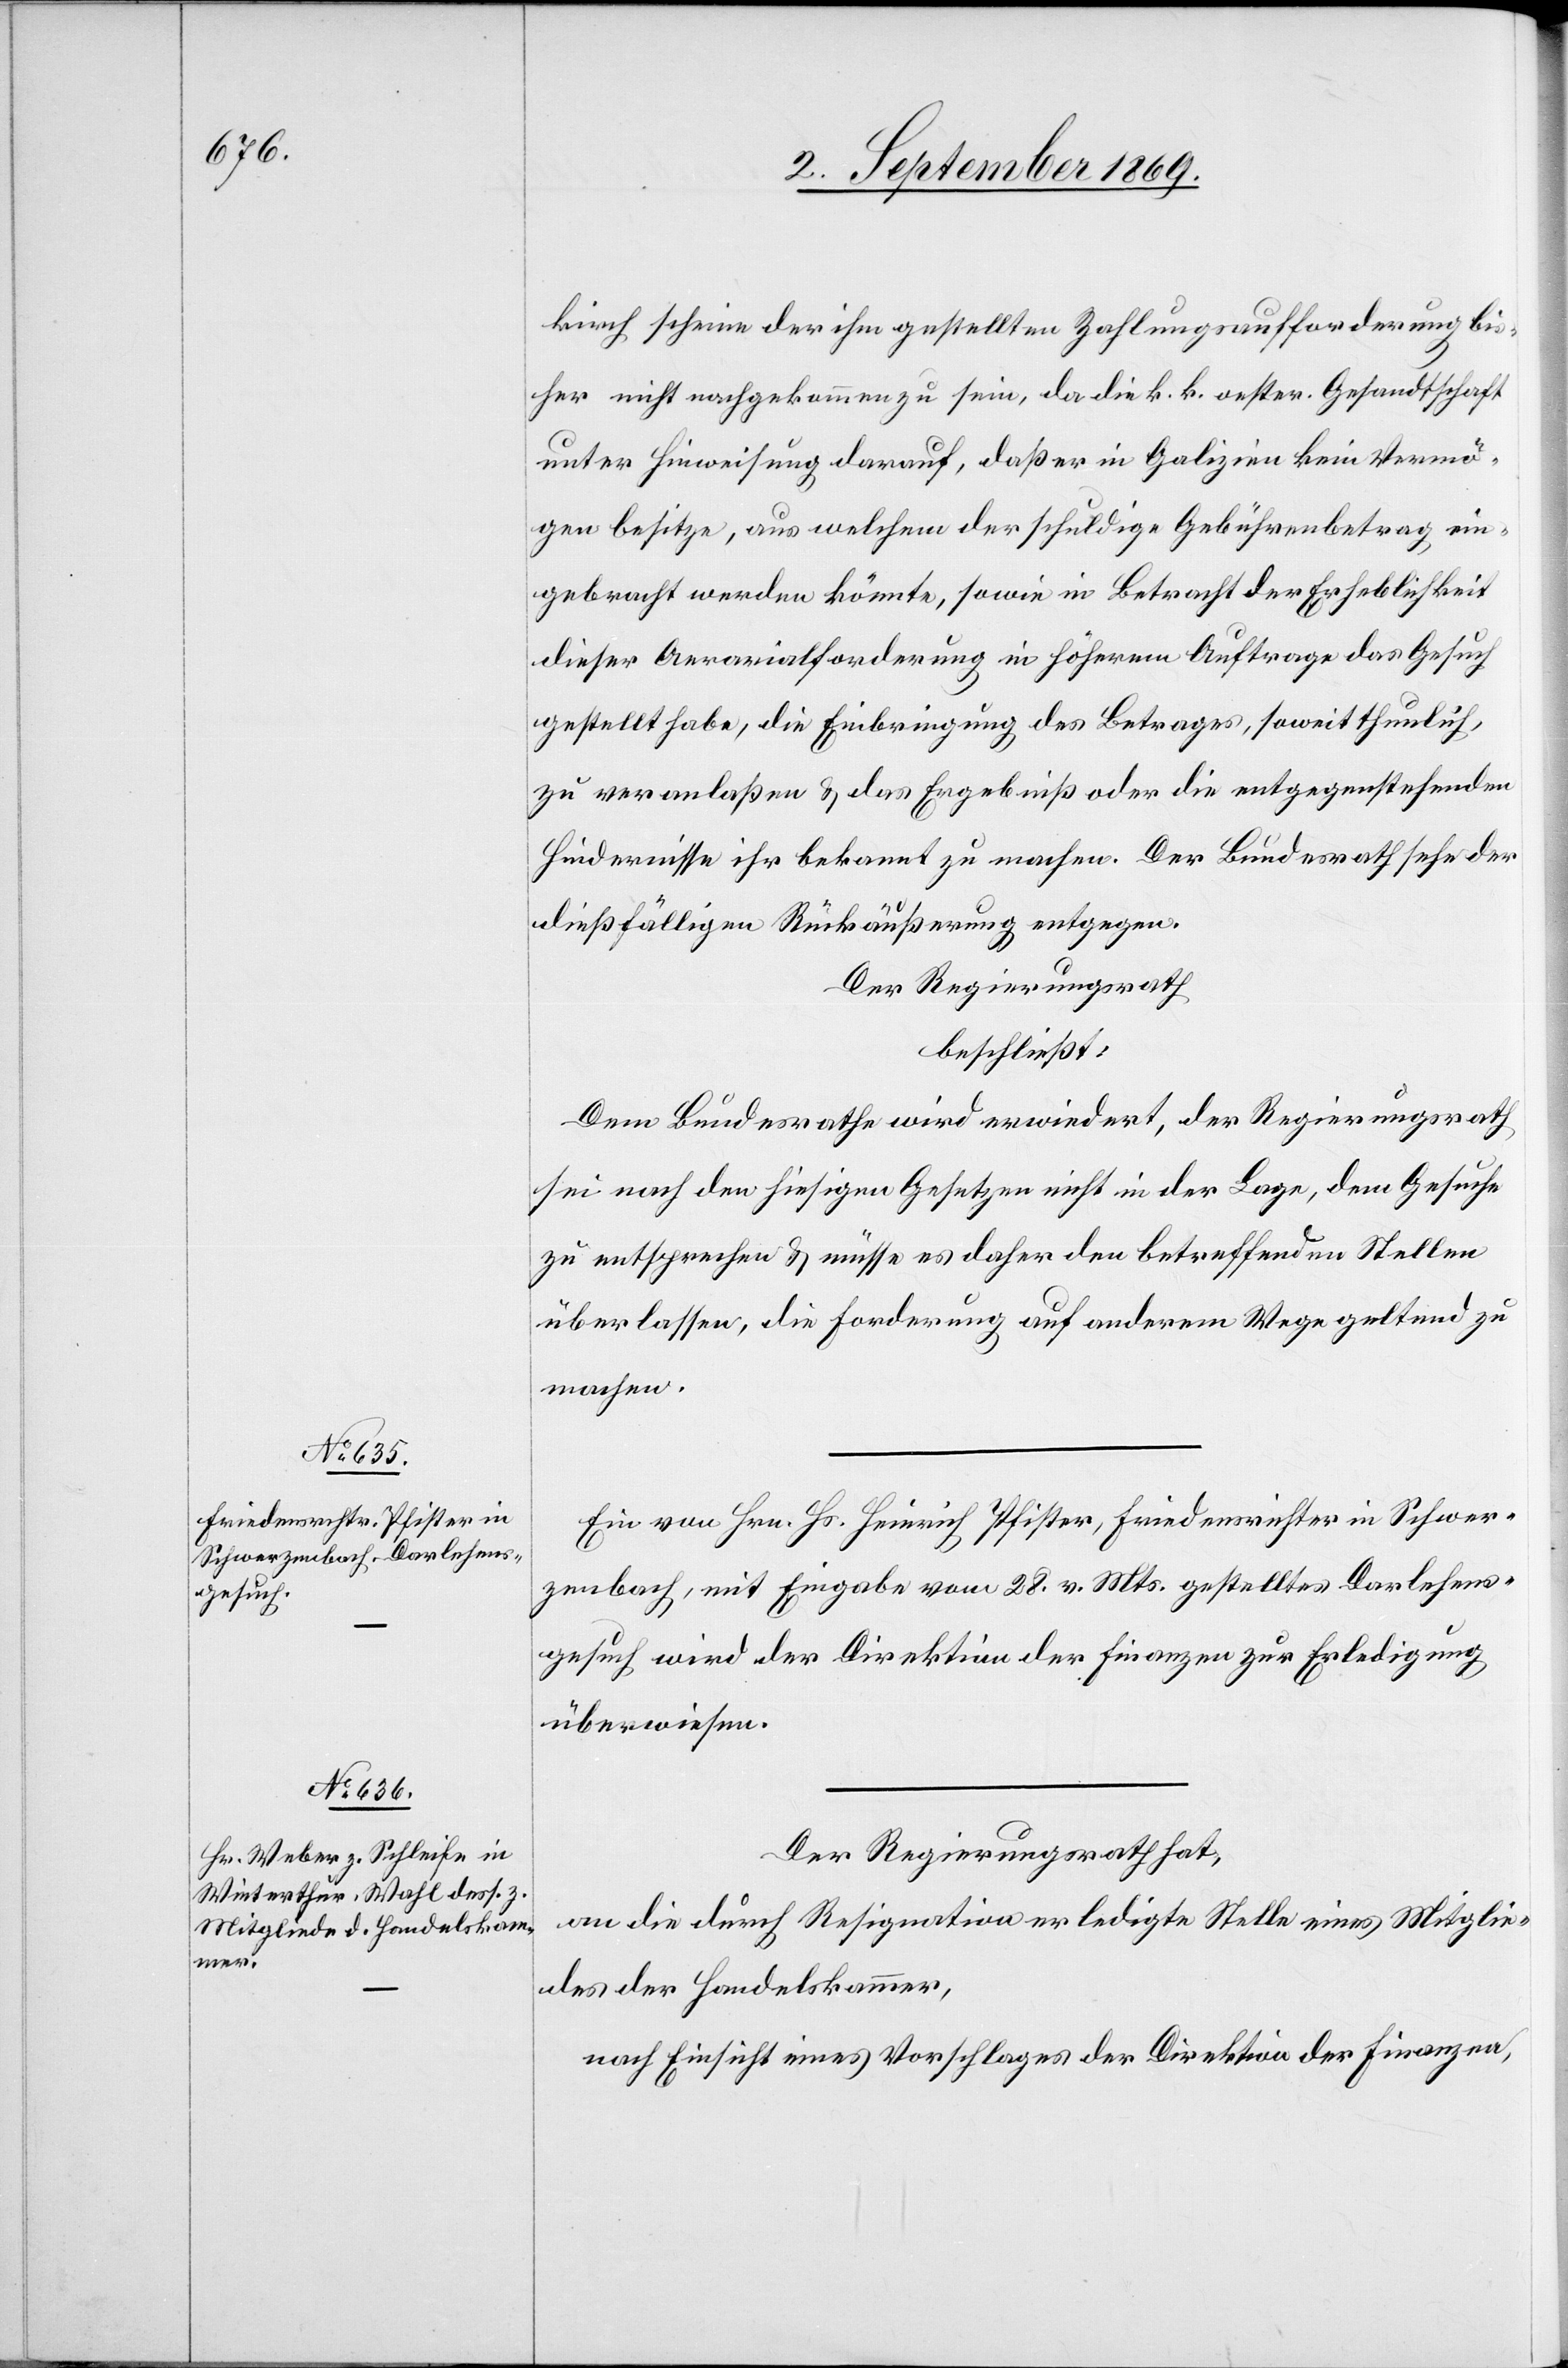
kirch scheine der ihm gestellten Zahlungsaufforderung bis¬
her nicht nachgekommen zu sein, da die k. k. oestr. Gesandtschaft
unter Hinweisung darauf, daß er in Galizien kein Vermö¬
gen besitze, aus welchem der schuldige Gebührenbetrag ein¬
gebracht werden könnte, sowie in Betracht der Erheblichkeit
dieser Aerarialforderung in höherem Auftrage das Gesuch
gestellt habe, die Einbringung des Betrages, soweit thunlich,
zu veranlaßen & das Ergebniß oder die entgegenstehenden
Hindernisse ihr bekannt zu machen. Der Bundesrath sehe der
dießfälligen Rückäußerung entgegen.
Der Regierungsrath
beschließt:
Dem Bundesrathe wird erwiedert, der Regierungsrath
sei nach den hiesigen Gesetzen nicht in der Lage, dem Gesuche
zu entsprechen & müsse es daher den betreffenden Stellen
überlassen, die Forderung auf anderem Wege geltend zu
machen.
Ein von Hrn. Hs. Heinrich Pfister, Friedensrichter in Schwer¬
zenbach, mit Eingabe vom 28. v. Mts. gestelltes Darlehens¬
gesuch wird der Direktion der Finanzen zur Erledigung
überwiesen.
Der Regierungsrath hat,
an die durch Resignation erledigte Stelle eines Mitglie¬
des der Handelskammer,
nach Einsicht eines Vorschlages der Direktion der Finanzen,